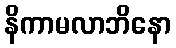
နိကာမလာဘိနော